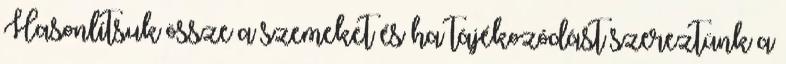
Hasonlítsuk össze a szemeket és ha tájékozódást szereztünk a